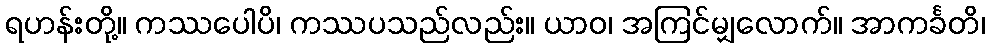
ရဟန်းတို့။ ကဿပေါပိ၊ ကဿပသည်လည်း။ ယာဝ၊ အကြင်မျှလောက်။ အာကင်္ခတိ၊